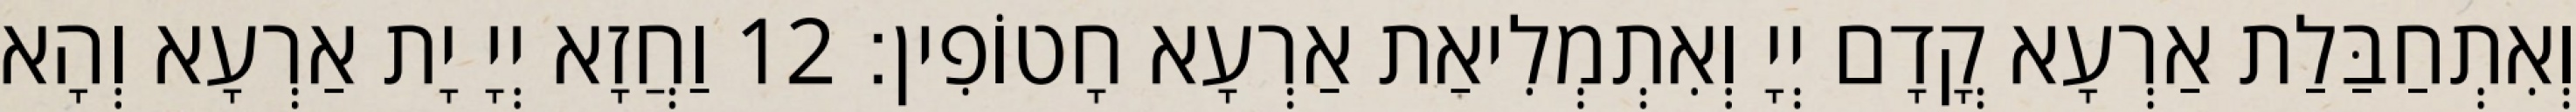
וְאִתְחַבַּלַת אַרְעָא קֳדָם יְיָ וְאִתְמְלִיאַת אַרְעָא חָטוֹפִין׃ 12 וַחֲזָא יְיָ יָת אַרְעָא וְהָא